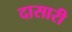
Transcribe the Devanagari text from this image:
दासारी